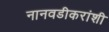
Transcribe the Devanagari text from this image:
नानवडीकरांशी